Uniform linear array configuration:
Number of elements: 48
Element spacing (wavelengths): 1
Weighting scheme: exponential
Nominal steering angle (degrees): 0
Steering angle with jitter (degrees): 0.9222
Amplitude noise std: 0.05
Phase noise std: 0.05

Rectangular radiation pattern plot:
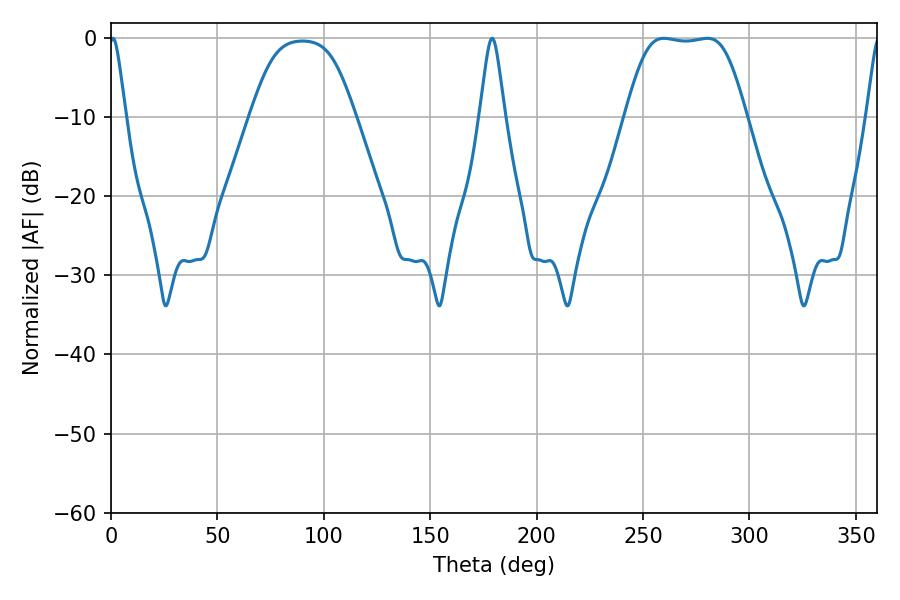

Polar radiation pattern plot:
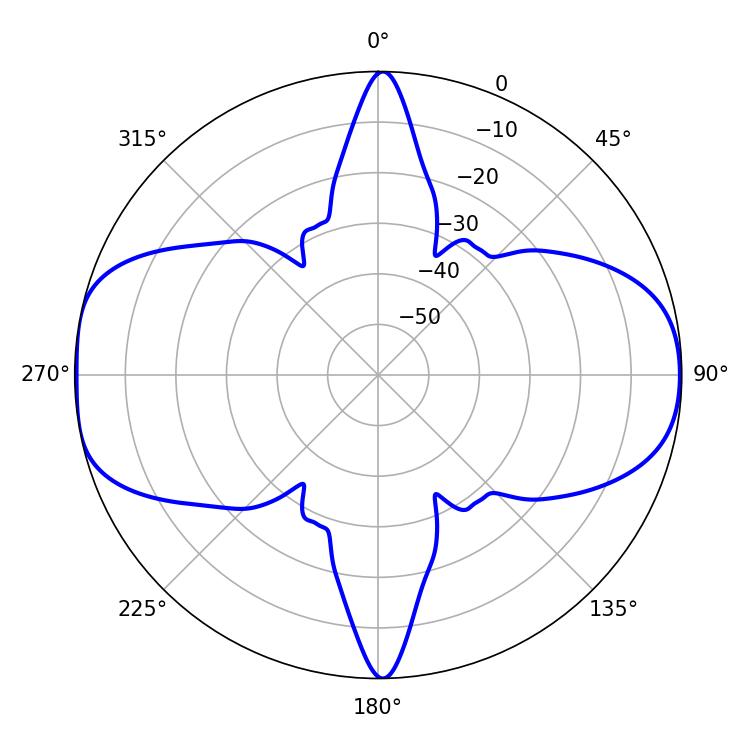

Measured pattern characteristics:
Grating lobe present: TRUE
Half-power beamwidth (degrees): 3.78
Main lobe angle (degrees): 0.9